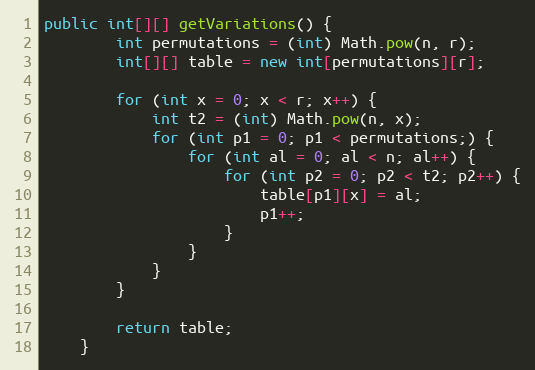
Language: Java
public int[][] getVariations() {
		int permutations = (int) Math.pow(n, r);
		int[][] table = new int[permutations][r];

		for (int x = 0; x < r; x++) {
			int t2 = (int) Math.pow(n, x);
			for (int p1 = 0; p1 < permutations;) {
				for (int al = 0; al < n; al++) {
					for (int p2 = 0; p2 < t2; p2++) {
						table[p1][x] = al;
						p1++;
					}
				}
			}
		}

		return table;
	}